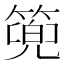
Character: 篼